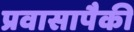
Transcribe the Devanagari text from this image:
प्रवासापैकी